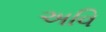
અવિ